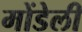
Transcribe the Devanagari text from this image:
मोंडेली